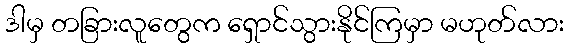
ဒါမှ တခြားလူတွေက ရှောင်သွားနိုင်ကြမှာ မဟုတ်လား